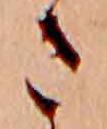
さ